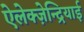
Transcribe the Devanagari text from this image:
ऐलेक्ज़ेन्द्रियाई